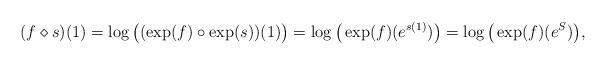
LaTeX: \begin{align*}(f \diamond s)(1) = \log\big((\exp(f) \circ \exp(s))(1) \big) =\log\big(\exp(f) (e^{s(1)})\big) =\log\big(\exp(f) (e^S)\big),\end{align*}